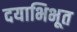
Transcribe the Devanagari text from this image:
दयाभिभूत